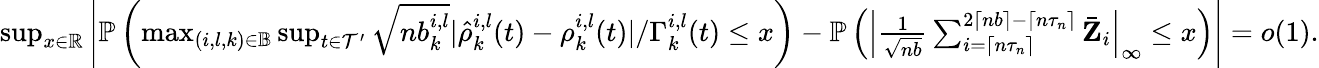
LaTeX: \begin{array}{r}{\operatorname*{sup}_{x\in\mathbb{R}}\left|\mathbb{P}\left(\operatorname*{max}_{(i,l,k)\in\mathbb{B}}\operatorname*{sup}_{t\in\mathcal{T}^{\prime}}\sqrt{nb_{k}^{i,l}}|\hat{\rho}_{k}^{i,l}(t)-\rho_{k}^{i,l}(t)|/\Gamma_{k}^{i,l}(t)\leq x\right)-\mathbb{P}\left(\left|\frac{1}{\sqrt{nb}}\sum_{i=\lceil n\tau_{n}\rceil}^{2\lceil nb\rceil-\lceil n\tau_{n}\rceil}\bar{\mathbf Z}_{i}\right|_{\infty}\leq x\right)\right|=o(1).}\end{array}